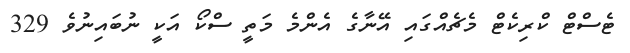
ޓެސްޓް ކްރިކެޓް މެޗެއްގައި އޭނާގެ އެންމެ މަތީ ސްކޯ އަކީ ނުބައިނުވެ 329